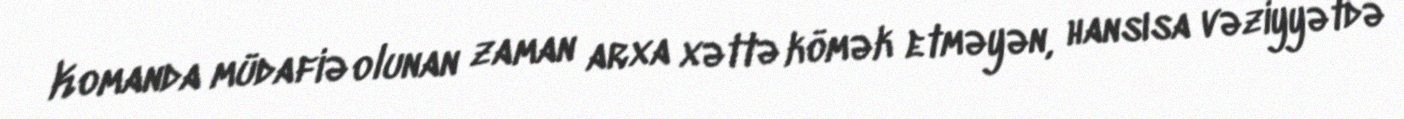
Komanda müdafiə olunan zaman arxa xəttə kömək etməyən, hansısa vəziyyətdə